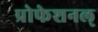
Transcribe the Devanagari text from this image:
प्रोफेशनल्